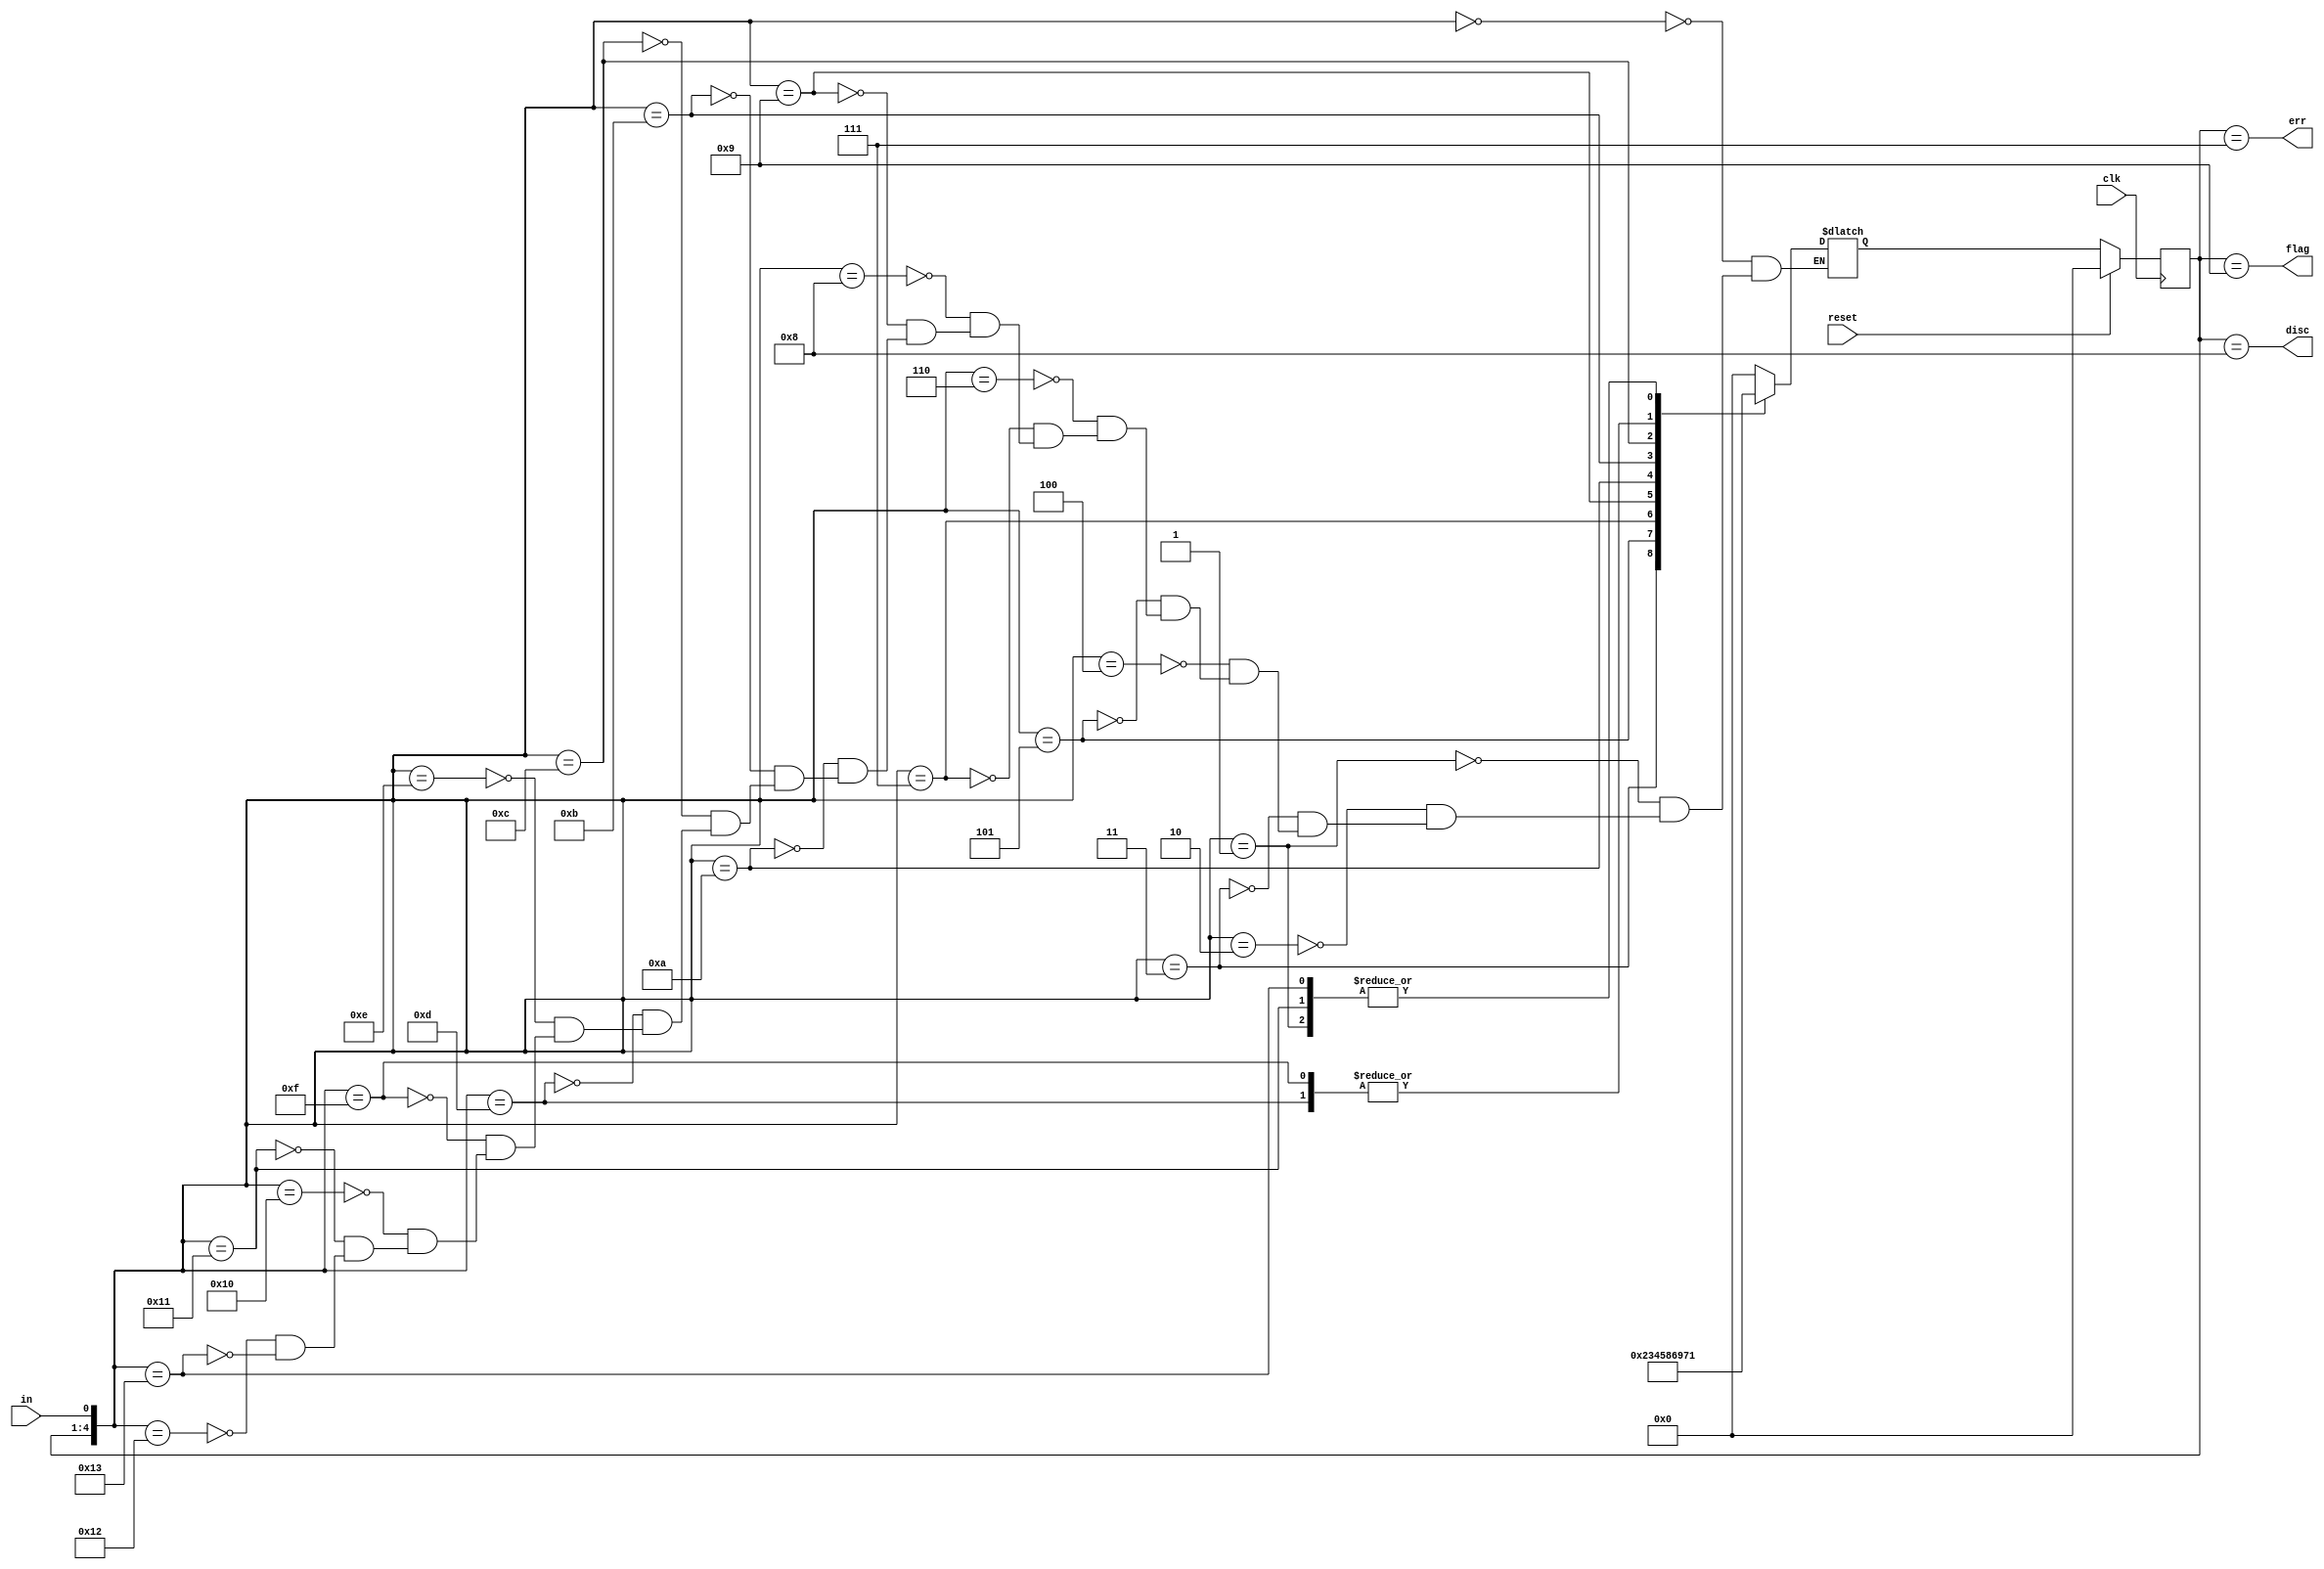
module top_module(
    input clk,
    input reset,    // Synchronous reset
    input in,
    output disc,
    output flag,
    output err);

    parameter none=4'd0, one=4'd1, two=4'd2, three=4'd3, four=4'd4, five=4'd5, six=4'd6, error=4'd7, discard=4'd8, flagg=4'd9;
    reg	[3:0]	state, next_state;
    
    always@(*) begin
        case({state, in})
            {none, 1'b0}:	next_state = none;
            {none, 1'b1}:	next_state = one;
            {one, 1'b0}:	next_state = none;
            {one, 1'b1}:	next_state = two;
            {two, 1'b0}:	next_state = none;
            {two, 1'b1}:	next_state = three;
            {three, 1'b0}:	next_state = none;
            {three, 1'b1}:	next_state = four;
            {four, 1'b0}:	next_state = none;
            {four, 1'b1}:	next_state = five;
            {five, 1'b0}:	next_state = discard;
            {five, 1'b1}:	next_state = six;
            {six, 1'b0}:	next_state = flagg;
            {six, 1'b1}:	next_state = error;
            {error, 1'b0}:	next_state = none;
            {error, 1'b1}:	next_state = error;
            {discard, 1'b0}:next_state = none;
            {discard, 1'b1}:next_state = one;
            {flagg, 1'b0}:	next_state = none;
            {flagg, 1'b1}:	next_state = one;
        endcase
    end
    
    always@(posedge clk) begin
        if(reset)
            state <= none;
        else
            state <= next_state;
    end
    
    assign	disc = (state == discard);
    assign	flag = (state == flagg);
    assign	err = (state == error);
    
endmodule